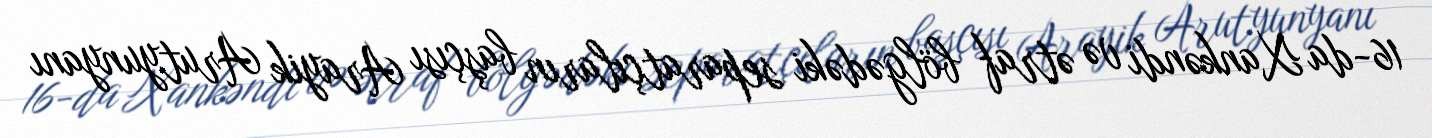
16-da Xankəndi və ətraf bölgədəki separatçıların başçısı Arayik Arutyunyanı